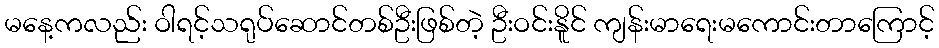
မနေ့ကလည်း ဝါရင့်သရုပ်ဆောင်တစ်ဦးဖြစ်တဲ့ ဦးဝင်းနိူင် ကျန်းမာရေးမကောင်းတာကြောင့်